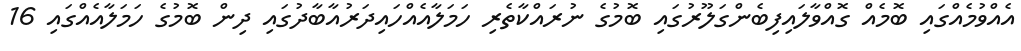
އެއްވުމެއްގައި ބޮމެއް ގޮއްވާލައިފިބެންގަލޫރުގައި ބޮމުގެ ނުރައްކާތެރި ހަމަލާއެއްހައިދަރުއާބާދުގައި ދިން ބޮމުގެ ހަމަލާއެއްގައި 16